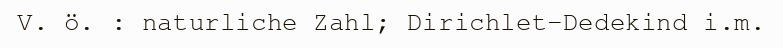
V. ö. : naturliche Zahl; Dirichlet-Dedekind i.m.